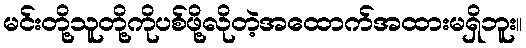
မင်းတို့သူတို့ကိုပစ်ဖို့လိုတဲ့အထောက်အထားမရှိဘူး။